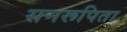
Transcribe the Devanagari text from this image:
समरूपिता